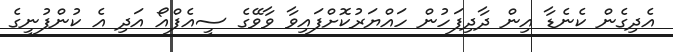
އެދިގެން ކެނެޑާ އިން ދާދިފަހުން ހައްޔަރުކޮށްފައިވާ ވާވޭގެ ސީއެފްއޯ އަދި އެ ކުންފުނީގެ